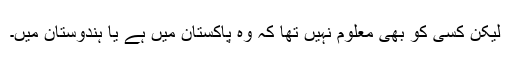
لیکن کسی کو بھی معلوم نہیں تھا کہ وہ پاکستان میں ہے یا ہندوستان میں۔